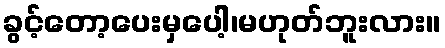
ခွင့်တော့ပေးမှပေါ့၊မဟုတ်ဘူးလား။